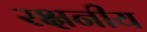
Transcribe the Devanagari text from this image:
रक्षनीय